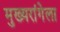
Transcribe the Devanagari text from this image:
मुख्यरांगेला